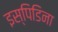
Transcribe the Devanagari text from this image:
इस्पिडिना